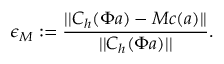
\epsilon _ { M } : = \frac { | | C _ { h } ( \Phi \boldsymbol { a } ) - M \boldsymbol { c } ( \boldsymbol { a } ) | | } { | | C _ { h } ( \Phi \boldsymbol { a } ) | | } .